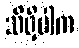
သိရှိပါက